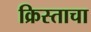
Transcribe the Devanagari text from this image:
क्रिस्ताचा